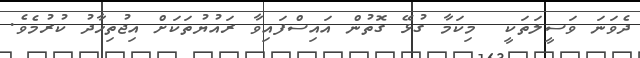
ދެވަނަ ވަސީލަތަކީ  މިކަމާ ގުޅޭ ގޮތުން އައިސްފައިވާ ރައުޔުތަކަށް އިޖުތިހާދު ކުރުމެވެ.